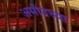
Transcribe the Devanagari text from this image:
अमीनच्या